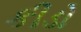
કીડો